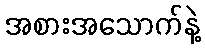
အစားအသောက်နဲ့